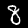
Label: 8